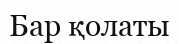
Бар қолаты